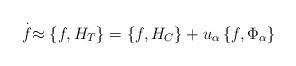
LaTeX: \begin{align*}\stackrel{.}{f}\approx \left\{ f,H_T\right\} =\left\{ f,H_C\right\}+u_\alpha \left\{ f,\Phi _\alpha \right\} \end{align*}